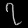
Digit: ၇